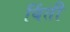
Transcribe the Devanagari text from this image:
बिंती